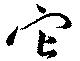
它